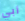
أبي